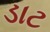
ડાટ